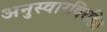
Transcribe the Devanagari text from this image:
अनुस्वारविरहित